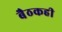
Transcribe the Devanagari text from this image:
बैठकही